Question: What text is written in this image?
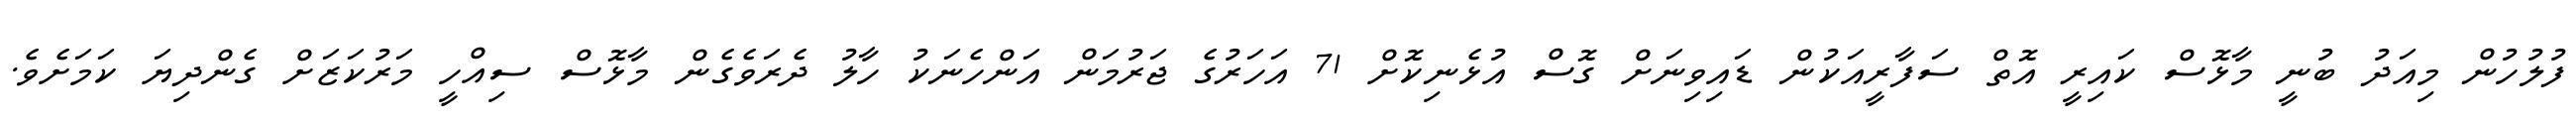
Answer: ފުލުހުން މިއަދު ބުނީ މާޅޮސް ކައިރީ އޮތް ސަފާރީއަކުން ޑައިވިނަށް ގޮސް އުޅެނިކޮށް 71 އަހަރުގެ ޖަރުމަން އަންހެނަކު ހާލު ދެރަވެގެން މާޅޮސް ސިއްހީ މަރުކަޒަށް ގެންދިޔަ ކަމަށެވެ.